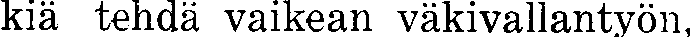
kiä tehdä vaikean väkivallantyön,